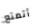
أتمتع